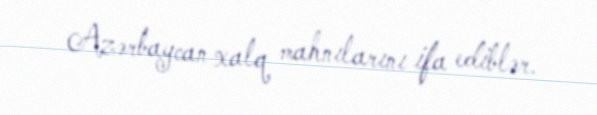
Azərbaycan xalq mahnılarını ifa ediblər.